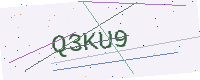
Text: Q3KU9